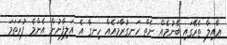
ޢާއިލާ ތެރޭގައި ބޭނުމެއް ނެތް ހަނގުރާމައެއް ހިނގާ އެ އަލިފާނުން އެންމެ ފުރަތަމަ